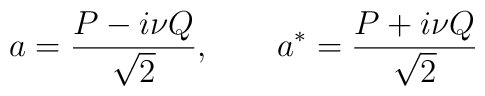
a=\frac{P-i\nu Q}{\sqrt{2}},~~~~~~a^*=\frac{P+i\nu Q}{\sqrt{2}}